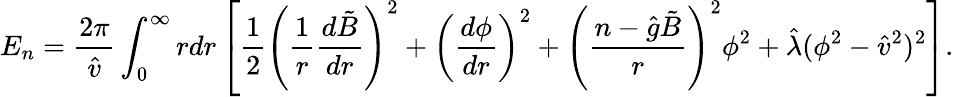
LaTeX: E_{n}=\frac{2\pi}{\hat{v}}\int_{0}^{\infty}rdr\left[\frac{1}{2}\left(\frac{1}{r}\frac{d\tilde{B}}{dr}\right)^{2}+\left(\frac{d\phi}{dr}\right)^{2}+\left(\frac{n-\hat{g}\tilde{B}}{r}\right)^{2}\phi^{2}+\hat{\lambda}(\phi^{2}-\hat{v}^{2})^{2}\right].